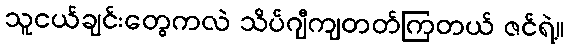
သူငယ်ချင်းတွေကလဲ သိပ်ဂျီကျတတ်ကြတယ် ဇင်ရဲ့။